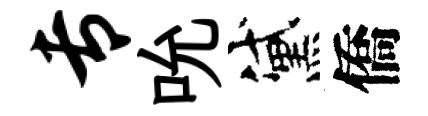
专吮黛僑